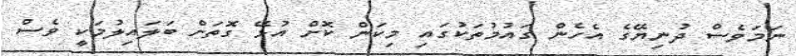
ނަމަވެސް ދުނިޔޭގެ އެހެން ގައުމުތަކުގައި މިކަން ކޮށް އުޅޭ ގޮތަށް ބަލައިލުމަކީ ވެސް